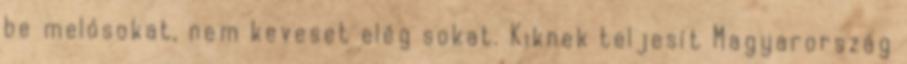
be melósokat, nem keveset elég sokat. Kiknek teljesít Magyarország